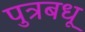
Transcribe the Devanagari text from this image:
पुत्रबधू